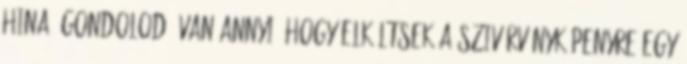
Hina. Gondolod, van annyi, hogy elköltsek a szivárványköpenyre egy